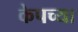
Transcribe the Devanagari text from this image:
केपच्या